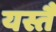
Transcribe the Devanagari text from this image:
यस्तै